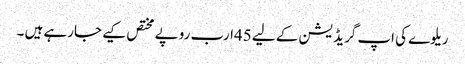
ریلوے کی اپ گریڈ یشن کے لیے 45ارب روپے مختص کیے جارہے ہیں ۔